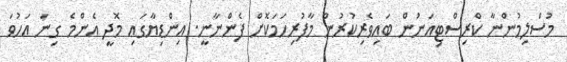
މުސްލިމުންނާ ކްރިސްޓިއަނުން ބައިވެރިކުރުން މާފުރިހަމަކޮށް ފެންނާނީ. އިންޑިޔާގައި މޮދީ އެންމެ ގިނަ އަހުވަ